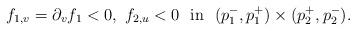
LaTeX: \begin{align*}f_{1,v}=\partial_{v}f_1<0,\ f_{2,u}<0\ \ {\rm in}\ \ (p_1^{-},p_1^{+})\times(p_2^{+},p_2^{-}).\end{align*}